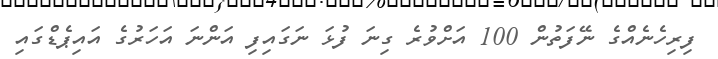
ފިރިހެނެއްގެ ނޭފަތުން 100 އަށްވުރެ ގިނަ ފުޅަ ނަގައިފި އަންނަ އަހަރުގެ އައިޕެޑްގައި